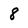
Character: 8